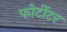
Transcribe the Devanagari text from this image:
फोर्टीटर